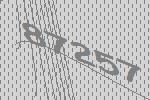
87257